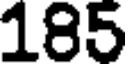
185